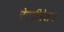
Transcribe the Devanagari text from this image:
रेस्पीरेशन